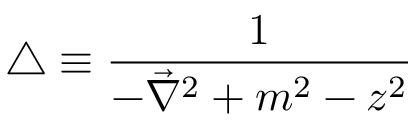
\triangle \equiv \frac { 1 } { - \vec { \nabla } ^ { 2 } + m ^ { 2 } - z ^ { 2 } }